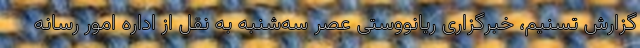
گزارش تسنیم، خبرگزاری ریانووستی عصر سه‌شنبه به نقل از اداره امور رسانه